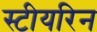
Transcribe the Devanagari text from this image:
स्टीयरिन